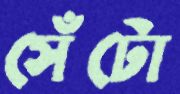
সেঁটো